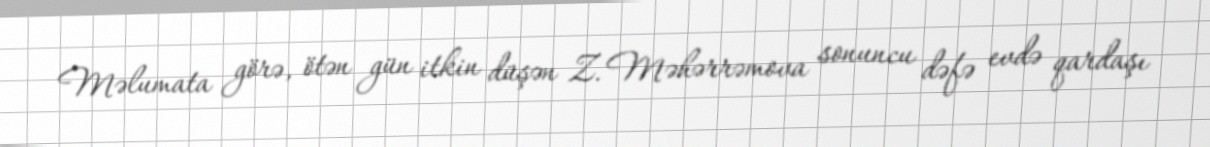
Məlumata görə, ötən gün itkin düşən Z. Məhərrəmova sonuncu dəfə evdə qardaşı